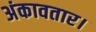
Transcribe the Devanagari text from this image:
अंकावतार।